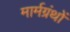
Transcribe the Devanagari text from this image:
मार्मग्रंथों